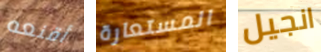
أقنعه المستعارة انجيل